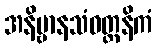
အနိဗ္ဗာနသံဝတ္တနိကံ